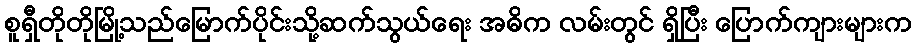
စူရှီတိုတိုမြို့သည်မြောက်ပိုင်းသို့ဆက်သွယ်ရေး အဓိက လမ်းတွင် ရှိပြီး ပြောက်ကျားများက